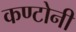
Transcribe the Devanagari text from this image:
कण्टोनी